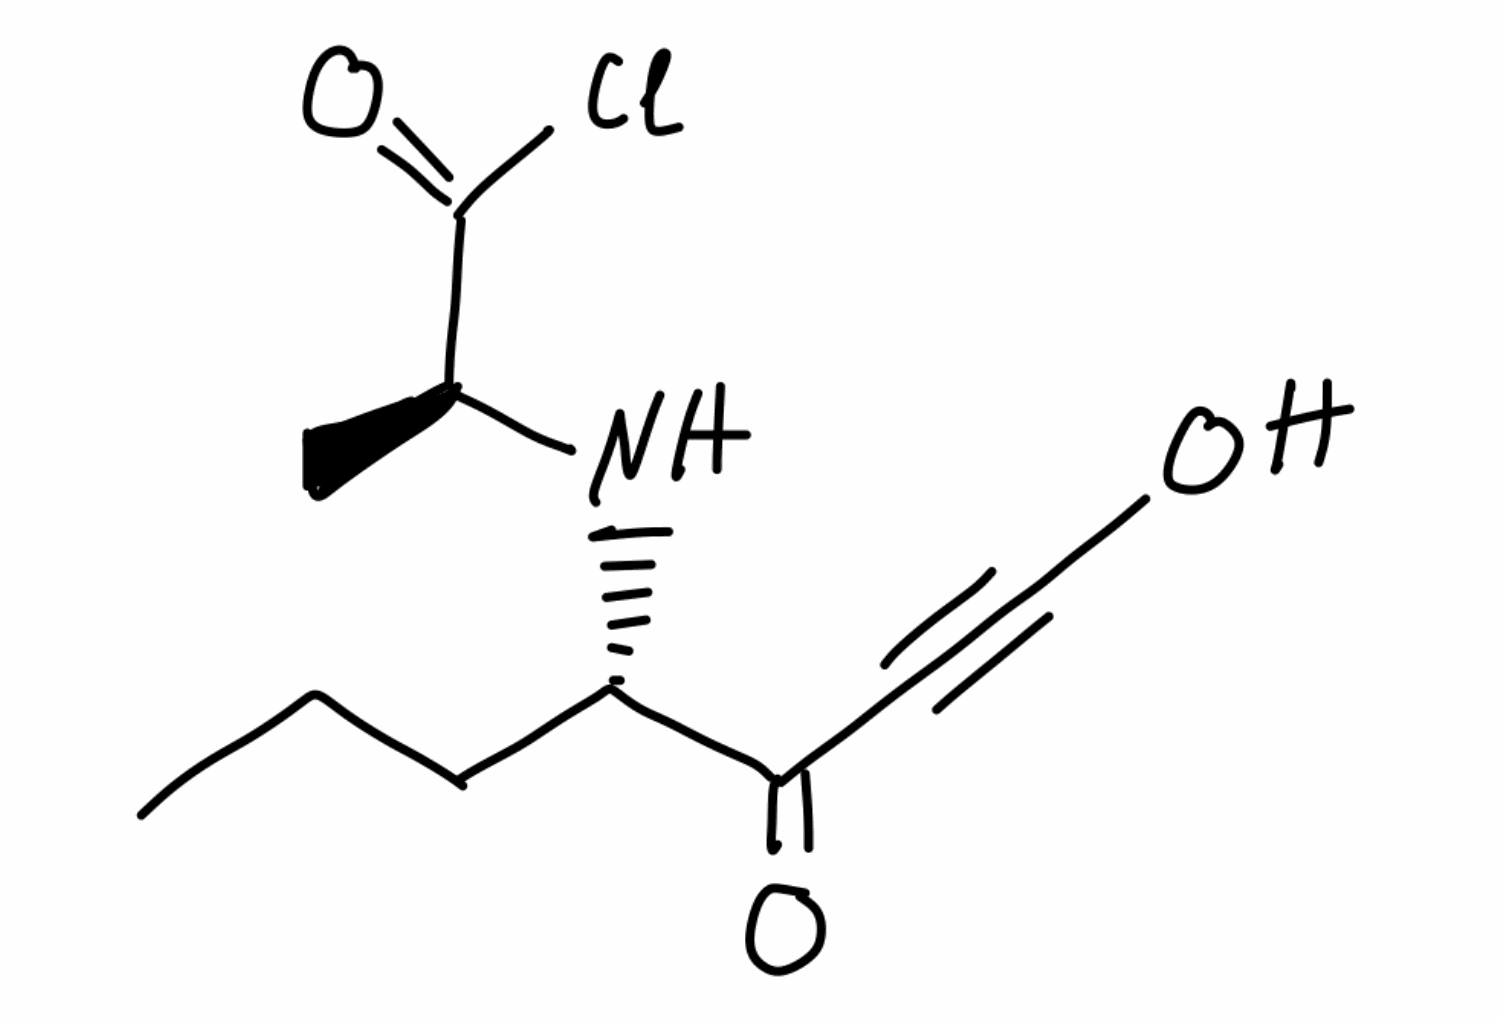
Simplified molecular-input line-entry system (SMILES) notation of the given molecule:
CCC[C@@H](C(=O)C#CO)N[C@@H](C)C(=O)Cl